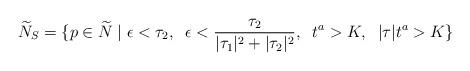
LaTeX: \begin{align*} \widetilde{N}_S=\{p\in \widetilde{N}\; | \; \epsilon<\tau_2, \;\; \epsilon < \frac{\tau_2}{|\tau_1|^2+|\tau_2|^2}, \;\; t^a>K, \;\; |\tau|t^a> K \} \end{align*}